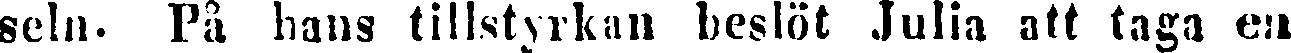
seln. På hans tillstyrkan beslöt Julia att taga en